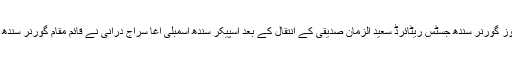
تفصیلات کے مطابق منگل کے روز گورنر سندھ جسٹس ریٹائرڈ سعید الزمان صدیقی کے انتقال کے بعد اسپیکر سندھ اسمبلی آغا سراج درانی نے قائم مقام گورنر سندھ کی ذمہ داریاں بھی سنبھال لی ہیں۔